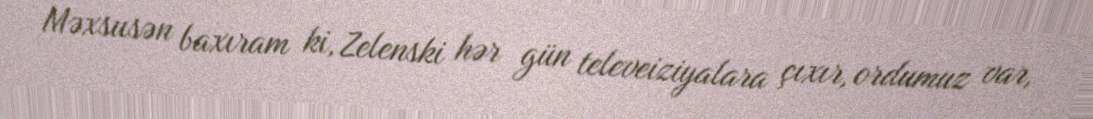
Məxsusən baxıram ki, Zelenski hər gün televeiziyalara çıxır, ordumuz var,